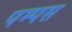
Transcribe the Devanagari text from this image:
पम्पस